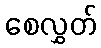
စေလွှတ်